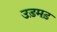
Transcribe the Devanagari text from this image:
उड़मड़